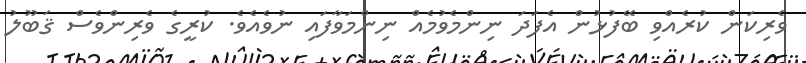
ވެރިކަން ކުރެއްވި ބޭފުޅުން އެފަދަ ނިންމެވުމެއް ނިންމަވާފައި ނުވެއެވެ. ކުރީގެ ވެރިންވެސް ޤަބޫލު